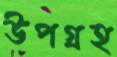
উপগ্রহ